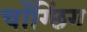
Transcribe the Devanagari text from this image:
चोंग्छिंग